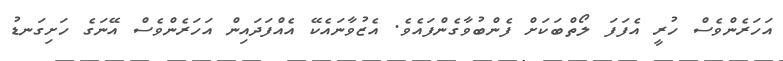
އަހަރެންވެސް ހުރީ އެފަފަ ލޯތްބަކަށް ފެންބުވާގެންފައެވެ. އެޒުވާނައެކޭ އެއްފަދައިން އަހަރެންވެސް އޭނަގެ ހަށިގަނޑު